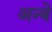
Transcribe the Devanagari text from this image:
अन्बे